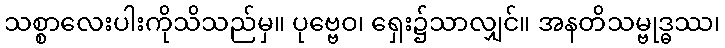
သစ္စာလေးပါးကိုသိသည်မှ။ ပုဗ္ဗေဝ၊ ရှေး၌သာလျှင်။ အနတိသမ္ဗုဒ္ဓဿ၊